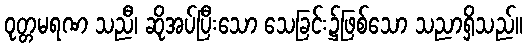
ဝုတ္တမရဏ သညီ၊ ဆိုအပ်ပြီးသော သေခြင်း၌ဖြစ်သော သညာရှိသည်။